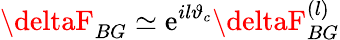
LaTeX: \deltaF_{BG}\simeq\mathrm{e}^{il\vartheta_{c}}\deltaF_{BG}^{(l)}